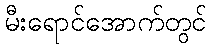
မီးရောင်အောက်တွင်